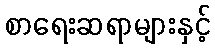
စာရေးဆရာများနှင့်